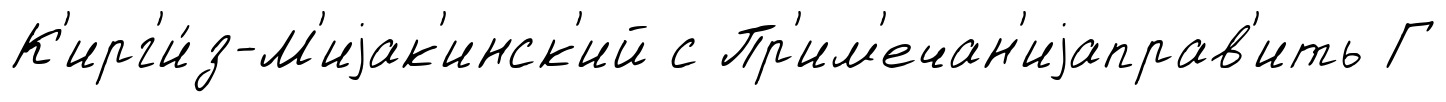
К'ирг'и́з-М'иjак'инск'ий с Пр'им'ечан'иjаправ'ить Г